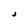
Character: d